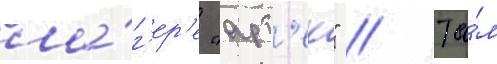
ла́г'ер'е "арт'ек" // Та́м